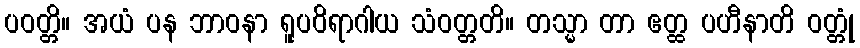
ပဝတ္တိ။ အယံ ပန ဘာဝနာ ရူပဝိရာဂါယ သံဝတ္တတိ။ တသ္မာ တာ ဧတ္ထ ပဟီနာတိ ဝတ္တုံ